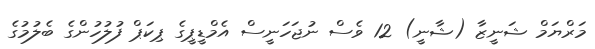
މަރްޔަމް ޝަނީޒާ (ޝާނީ) 12 ވެސް ނުޖަހަނީސް އެމްޑީޕީގެ ޕިކަޕް ފުލުހުންގެ ބެލުމުގެ